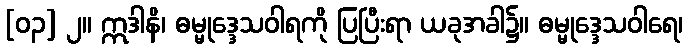
[၀၃] ၂။ ဣဒါနိ၊ ဓမ္မုဒ္ဒေသဝါရကို ပြပြီးရာ ယခုအခါ၌။ ဓမ္မုဒ္ဒေသဝါရေ၊